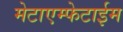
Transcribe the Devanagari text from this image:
मेटाएम्फेटाईम